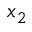
x _ { 2 }